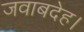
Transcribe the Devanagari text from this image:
जवाबदेह।